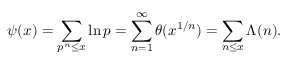
\psi ( x ) = \sum _ { p ^ { n } \leq x } \ln p = \sum _ { n = 1 } ^ { \infty } \theta ( x ^ { 1 / n } ) = \sum _ { n \leq x } \Lambda ( n ) .